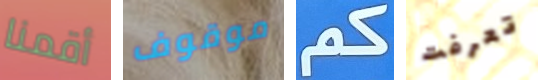
أقمنا موقوف كم تعرفت